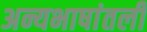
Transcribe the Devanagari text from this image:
अन्यभाषांतली